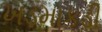
ખડમાકડી